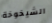
الشيخوخة